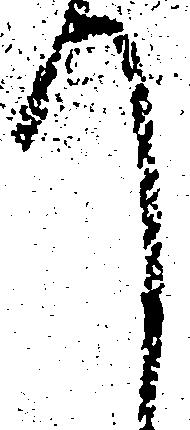
て